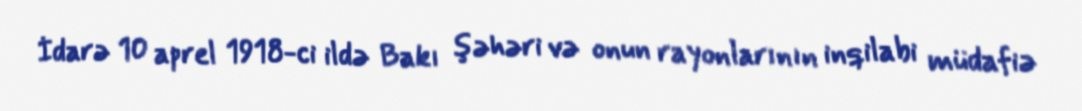
İdarə 10 aprel 1918-ci ildə Bakı şəhəri və onun rayonlarının inqilabi müdafiə